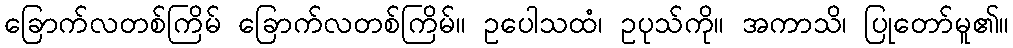
ခြောက်လတစ်ကြိမ် ခြောက်လတစ်ကြိမ်။ ဥပေါသထံ၊ ဥပုသ်ကို။ အကာသိ၊ ပြုတော်မူ၏။